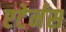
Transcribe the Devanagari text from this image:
एटेर्नस